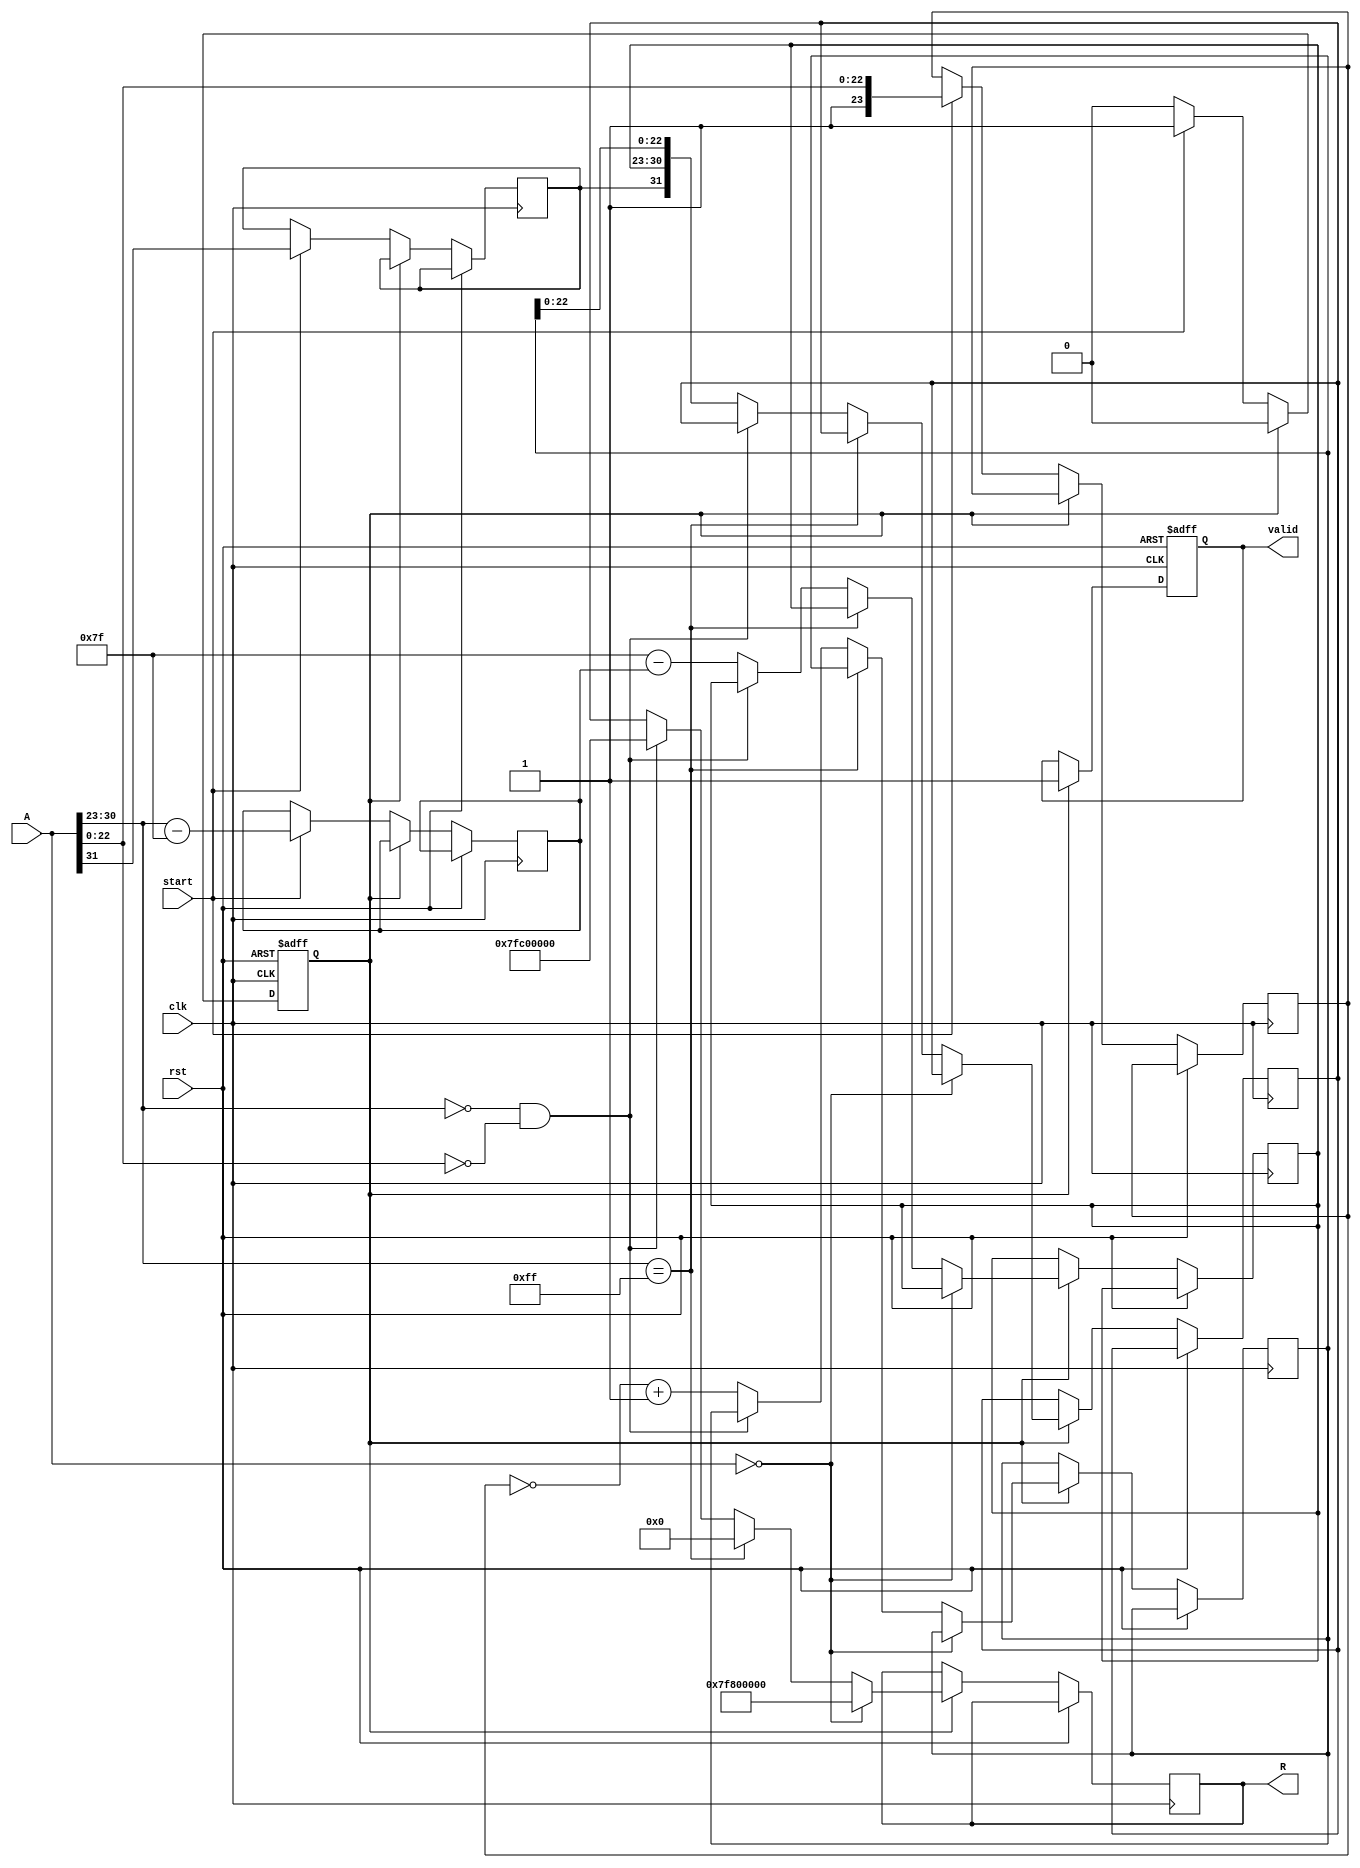
module floating_point_reciprocal (
    input wire [31:0] A,            // Input floating-point number (32-bit)
    input wire start,               // Control signal to start operation
    input wire clk,                 // Clock signal
    input wire rst,                 // Reset signal
    output reg [31:0] R,            // Output floating-point reciprocal (32-bit)
    output reg valid                // Output valid signal
);

    // Internal signals
    reg [7:0] exponent;             // Exponent
    reg [23:0] significand;         // Significand (mantissa)
    reg sign;                       // Sign bit
    reg [7:0] new_exponent;         // New exponent for reciprocal
    reg [23:0] inverted_significand; // Inverted significand
    reg [31:0] result;              // Final result
    reg state;                      // State for operation

    // State definitions
    localparam IDLE = 1'b0;
    localparam COMPUTE = 1'b1;

    // Input Parsing
    always @(posedge clk or posedge rst) begin
        if (rst) begin
            state <= IDLE;
            valid <= 0;
        end else begin
            case (state)
                IDLE: begin
                    if (start) begin
                        // Parse input
                        sign <= A[31];
                        exponent <= A[30:23] - 127; // Remove bias
                        significand <= {1'b1, A[22:0]}; // Implicit leading 1
                        state <= COMPUTE;
                    end
                end
                COMPUTE: begin
                    // Handle special cases
                    if (A == 32'b0) begin
                        R <= 32'h7F800000; // Infinity
                        valid <= 1;
                        state <= IDLE;
                    end else if (A[30:23] == 8'hFF) begin
                        R <= 32'b0; // Reciprocal of infinity
                        valid <= 1;
                        state <= IDLE;
                    end else if (A[30:23] == 8'h00 && A[22:0] == 23'b0) begin
                        R <= 32'h7FC00000; // NaN
                        valid <= 1;
                        state <= IDLE;
                    end else begin
                        // Inversion of significand (simple approximation)
                        inverted_significand <= ~significand + 1; // Simple negation for demonstration
                        new_exponent <= 127 - exponent; // New exponent for reciprocal
                        result <= {sign, new_exponent[7:0], inverted_significand[22:0]};
                        R <= result;
                        valid <= 1;
                        state <= IDLE;
                    end
                end
            endcase
        end
    end

endmodule